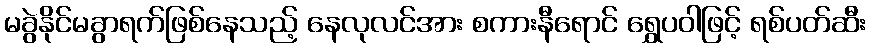
မခွဲနိုင်မခွာရက်ဖြစ်နေသည့် နေလုလင်အား စကားနီရောင် ရွှေပဝါဖြင့် ရစ်ပတ်ဆီး